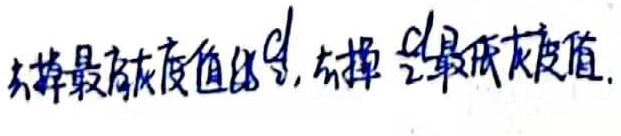
去掉最高灰度值的 \(d\)，去掉 \(\frac{d}{2}\) 最低灰度值。